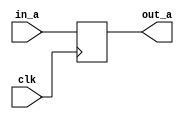
module CLK_NR_DDBE (clk, out_a , in_a);
   input clk, in_a;
   output reg out_a;

   always @(posedge clk)
   begin
      if (clk)
      out_a <= in_a;
      else
      out_a <= ~in_a ;
   end
endmodule